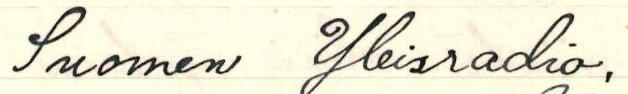
Suomen Yleisradio,